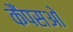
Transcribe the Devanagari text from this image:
कैंपसओ